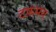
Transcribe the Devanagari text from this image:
टफ़मय